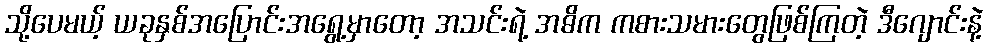
သို့ပေမယ့် ယခုနှစ်အပြောင်းအရွေ့မှာတော့ အသင်းရဲ့ အဓိက ကစားသမားတွေဖြစ်ကြတဲ့ ဒီဂျောင်းနဲ့